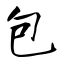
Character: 包